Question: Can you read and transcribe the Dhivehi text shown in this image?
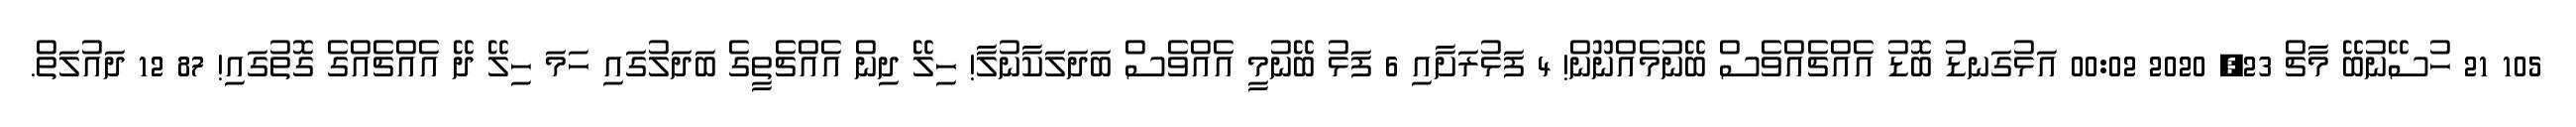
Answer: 105 21 ހުސޭނުބޭ މާޗް 23, 2020 00:02 އަޅުގަނޑު ބޮޑު އެއްޗެއްވެސް ބޭނުމެއްނޫން! 4 ފަޅުރަށާއި 6 ފަޅު ބޭނުމީ އެއްވެސް ބަދަލަކާނުލާ! ހިލޭ ދިން އެއްޗެތީގެ ބަދަލުގައި ހަމަ ހިލޭ ދޭ އެއްޗެއްގެ ގޮތުގައި! 87 12 ދައުލަތް.